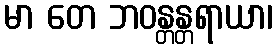
မာ တေ ဘဝန္တန္တရာယာ၊